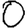
Digit: 0